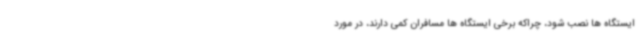
ایستگاه ها نصب شود، چراکه برخی ایستگاه ها مسافران کمی دارند، در مورد